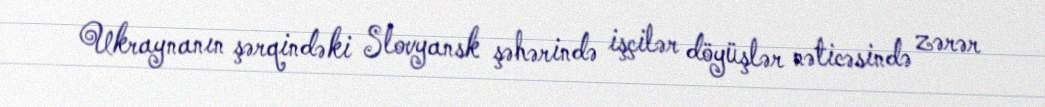
Ukraynanın şərqindəki Slovyansk şəhərində işçilər döyüşlər nəticəsində zərər